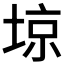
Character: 𡌿